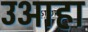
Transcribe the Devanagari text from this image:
उआहा